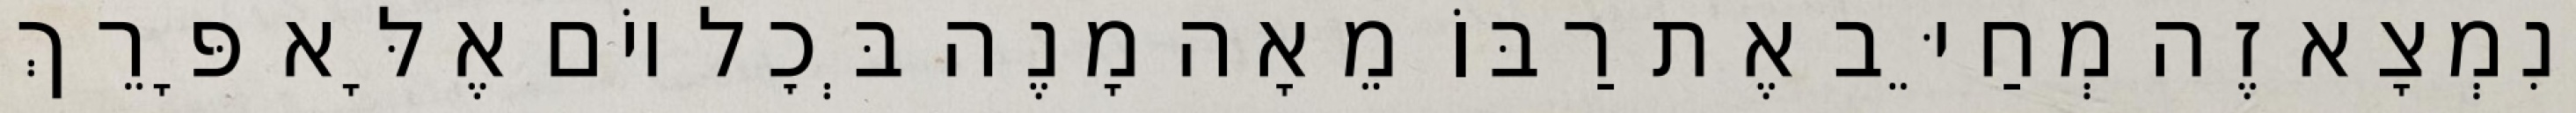
וְנִמְצָא זֶה מְחַיֵּב אֶת רַבּוֹ מֵאָה מָנֶה בְּכׇל יוֹם אֶלָּא פָּרֵךְ